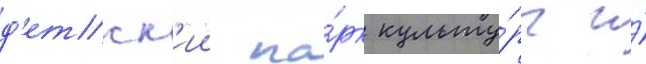
д'етск'ии па́рк культу́ры и́